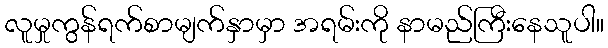
လူမှုကွန်ရက်စာမျက်နှာမှာ အရမ်းကို နာမည်ကြီးနေသူပါ။